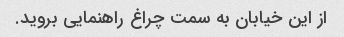
از این خیابان به سمت چراغ راهنمایی بروید.